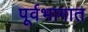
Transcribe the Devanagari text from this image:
पूर्वभागात